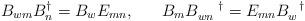
LaTeX: \begin{align*}B_{wm}B^{\dagger}_{n} = B_{w}E_{mn}, \;\;\;\;\;\;B_{m}B_{wn}^{\;\;\;\;\;\;\dagger} = E_{mn}B_{w}^{\;\;\;\dagger}\end{align*}